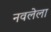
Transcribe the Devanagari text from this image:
नवलेला